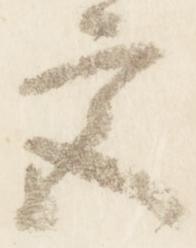
宮